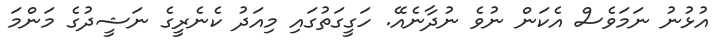
އުޅުނު ނަމަވެސް އެކަން ނުވެ ނުދާނެއޭ. ހަގީގަތުގައި މިއަދު ކެނެރީގެ ނަޝީދުގެ މަންމަ